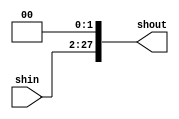
module shift_26(shout,shin);
output [27:0] shout;
input [25:0] shin;
assign shout=shin<<2;
endmodule